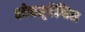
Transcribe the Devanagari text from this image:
अंतग्र्रंथित